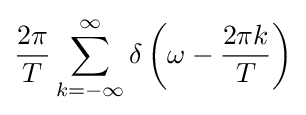
{\frac {2\pi }{T}}\sum _{k=-\infty }^{\infty }\delta \left(\omega -{\frac {2\pi k}{T}}\right)